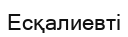
Есқалиевті